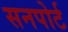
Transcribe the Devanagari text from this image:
सनपोर्ट